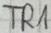
Text: TR1